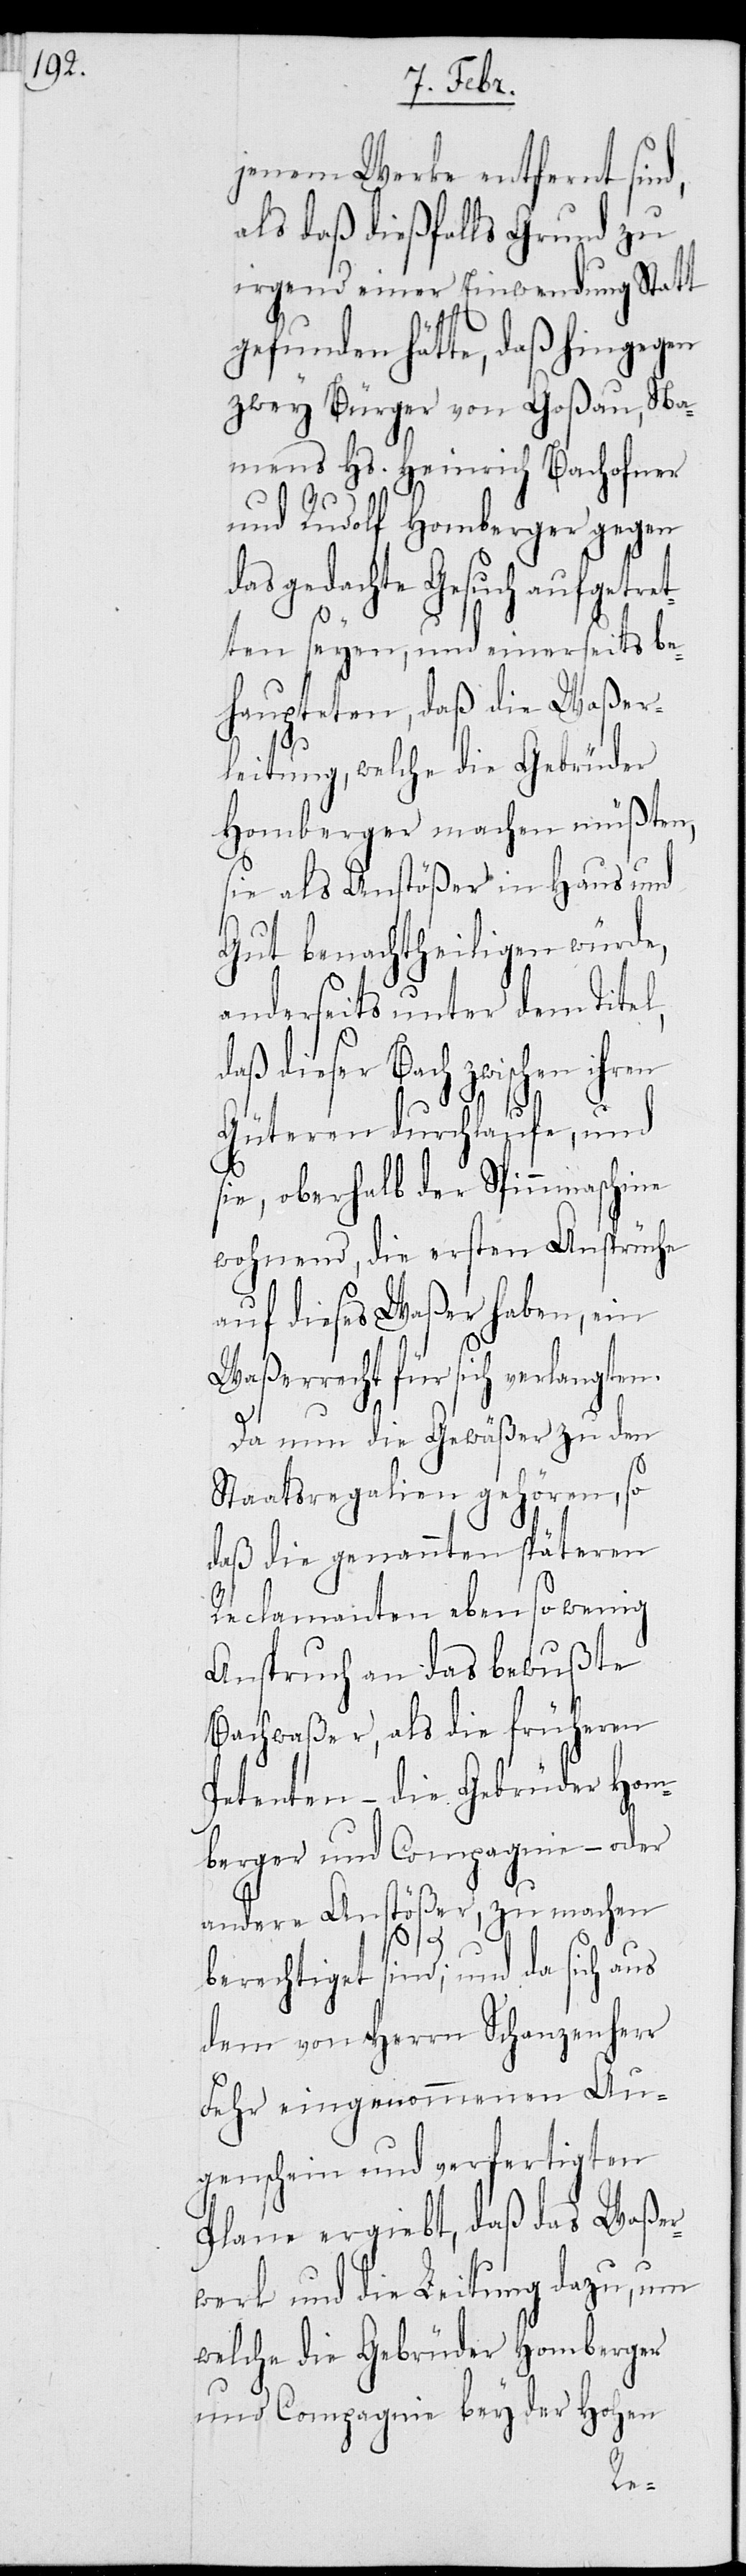
jenem Werke entfernt sind,
als daß dießfalls Grund zu
irgend einer Einwendung Statt
gefunden hätte, daß hingegen
zwey Bürger von Goßau, Na¬
mens Hs. Heinrich Bachofner
und Rudolf Homberger gegen
das gedachte Gesuch aufgetret¬
ten seyen, und einerseits be¬
haupteten, daß die Waßer¬
leitung, welche die Gebrüder
Homberger machen müßten,
sie als Anstößer in Haus und
Gut benachtheiligen würde,
anderseits unter dem Titel,
daß dieser Bach zwischen ihren
Güteren durchlaufe, und
sie, oberhalb der Spinnmaschine
wohnend, die ersten Ansprüche
auf dieses Waßer haben, ein
Waßerrecht für sich verlangten.
Da nun die Gewäßer zu den
Staatsregalien gehören, so
daß die genannten späteren
Reclamanten eben so wenig
Anspruch an das bewußte
Bachwaßer, als die früheren
Petenten – die Gebrüder Hom¬
berger und Compagnie – oder
andere Anstößer, zu machen
berechtiget sind; und da sich aus
dem von Herrn Schanzenherr
Fehr eingenommenen Au¬
genschein und verfertigten
Plane ergiebt, daß das Waßer¬
werk und die Leitung dazu, um
welche die Gebrüder Homberger
und Compagnie bey der Hohen